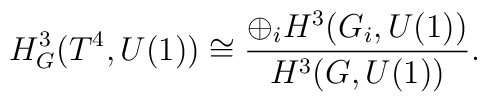
H^3_G(T^4,U(1)) \cong \frac{\oplus_i H^3(G_i,U(1))}{H^3(G,U(1))} .